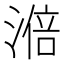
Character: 𣻃